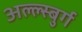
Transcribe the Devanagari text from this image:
अल्ल्स्बुर्ग